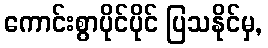
ကောင်းစွာပိုင်ပိုင် ပြသနိုင်မှ,